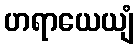
ဟရာယေယျံ